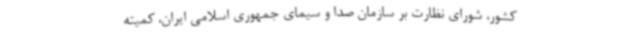
کشور، شورای نظارت بر سازمان صدا و سیمای جمهوری اسلامی ایران، کمیته